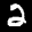
Label: 2